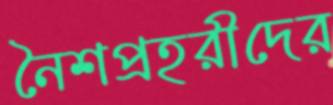
নৈশপ্রহরীদের